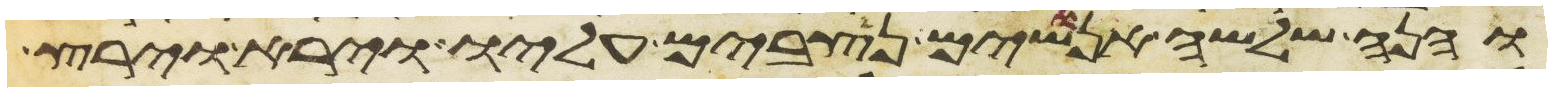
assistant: והנה שלשה אנושים נצבים עליו וירא וירץ